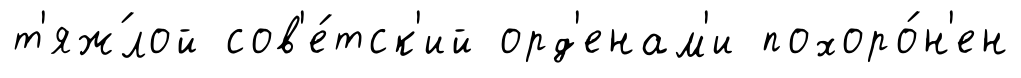
т'яж́лой сов'е́тск'ий орд'енам'и похоро́н'ен